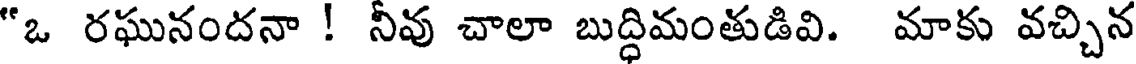
"ఒ రఘునందనా ! నీవు చాలా బుద్ధిమంతుడివి. మాకు వచ్చిన